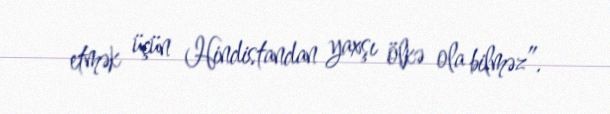
etmək üçün Hindistandan yaxşı ölkə ola bilməz”.